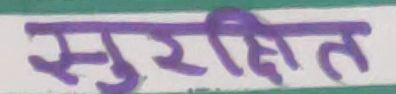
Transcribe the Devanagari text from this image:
सुरक्षित